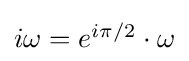
{\textstyle i\omega =e^{i\pi /2}\cdot \omega }